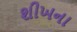
શીખના